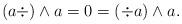
LaTeX: \begin{align*} (a\div) \land a = 0 = (\div a) \land a.\end{align*}